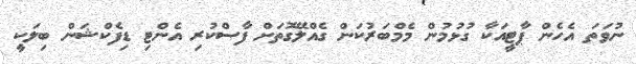
ނުވަތަ އެހެން ޕާޓީއަކާ ގުޅުމުން މެމްބަރުކަން ގެއްލޭގޮތަށް ފާސްކުރި އެންޓި ޑިފެކްޝަން ބިލަކީ